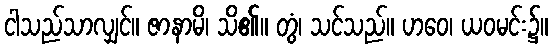
ငါသည်သာလျှင်။ ဇာနာမိ၊ သိ၏။ တွံ၊ သင်သည်။ ဟဝေ၊ ယဝမင်း၌။